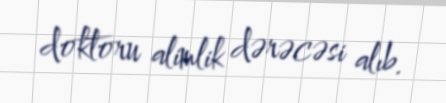
doktoru alimlik dərəcəsi alıb.